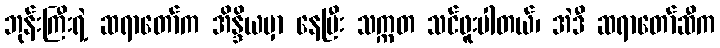
ဘုန်းကြီးရဲ့ ဆရာတော်က အိန္ဒိယမှာ နေပြီး သက္ကတ သင်ဖူးပါတယ်၊ အဲဒီ ဆရာတော်ဆီက